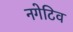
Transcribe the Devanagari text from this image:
नगेटिव